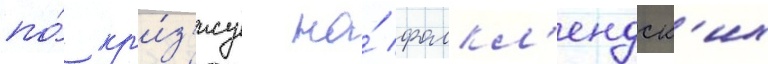
по́ кр'и́з'ису на́ фолкл'ендск'их